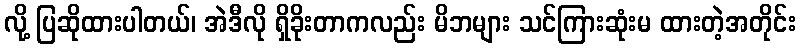
လို့ ပြဆိုထားပါတယ်၊ အဲဒီလို ရှိခိုးတာကလည်း မိဘများ သင်ကြားဆုံးမ ထားတဲ့အတိုင်း